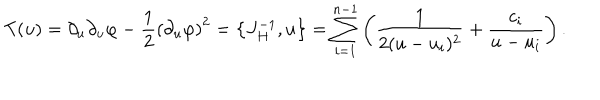
T ( u ) = \partial _ { u } \partial _ { u } \varphi - { \frac { 1 } { 2 } } \left( \partial _ { u } \varphi \right) ^ { 2 } = \left\{ J _ { H } ^ { - 1 } , u \right\} = \sum _ { i = 1 } ^ { n - 1 } \left( { \frac { 1 } { 2 ( u - u _ { i } ) ^ { 2 } } } + { \frac { c _ { i } } { u - u _ { i } } } \right) .